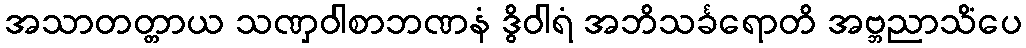
အသာတတ္တာယ သဏှဝါစာဘဏနံ ဒွိဝါရံ အဘိသင်္ခရောတိ အဗ္ဘညာသိံပေ